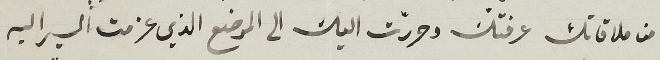
من علاقتك عرفتك وحررّت اليك الى الموضع الذي عزمت السير اليه